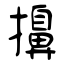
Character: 擤